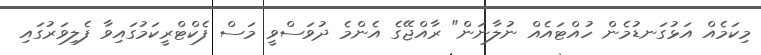
މިކަމެއް އަޅުގަނޑުމެން ހުއްޓައެއް ނުލާނަން" ރާއްޖޭގެ އެންމެ ދުވަސްވީ މަސް ފެކްޓްރީކަމުގައިވާ ފެލިވަރުގައި